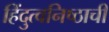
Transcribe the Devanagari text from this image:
हिंदुत्वनिष्ठाची